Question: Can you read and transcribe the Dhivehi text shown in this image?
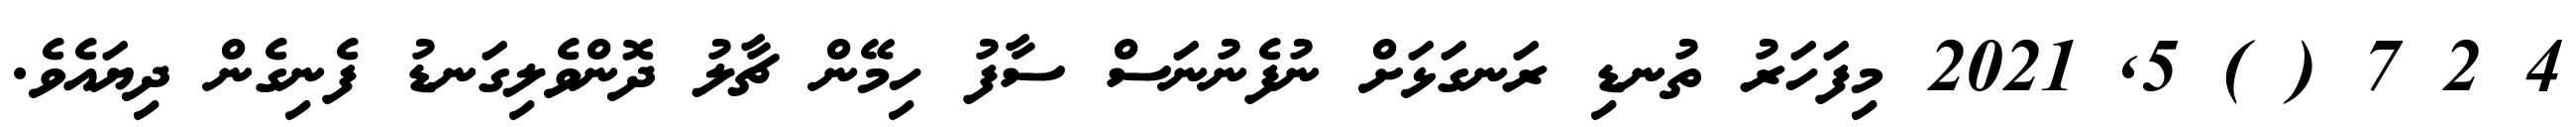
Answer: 4 2 7 ( ) 5, 2021 މިފަހަރު ތުނޑި ރަނގަޅަށް ނުފެނުނަސް ސާފު ހިމޭން ޗާލު ދޮންވެލިގަނޑު ފެނިގެން ދިޔައެވެ.